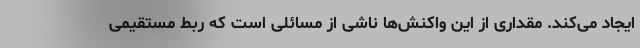
ایجاد می‌کند. مقداری از این واکنش‌ها ناشی از مسائلی است که ربط مستقیمی